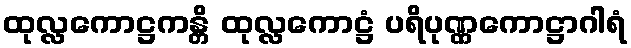
ထုလ္လကောဋ္ဌကန္တိ ထုလ္လကောဋ္ဌံ ပရိပုဏ္ဏကောဋ္ဌာဂါရံ